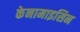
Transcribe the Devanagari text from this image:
केनामाइसिन